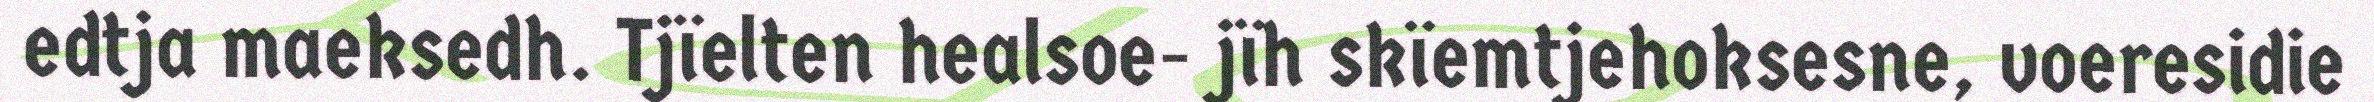
edtja maeksedh. Tjïelten healsoe- jïh skïemtjehoksesne, voeresidie